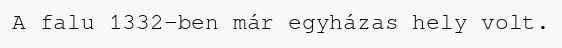
A falu 1332-ben már egyházas hely volt.